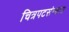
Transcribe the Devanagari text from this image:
चित्रपटसंन्यास